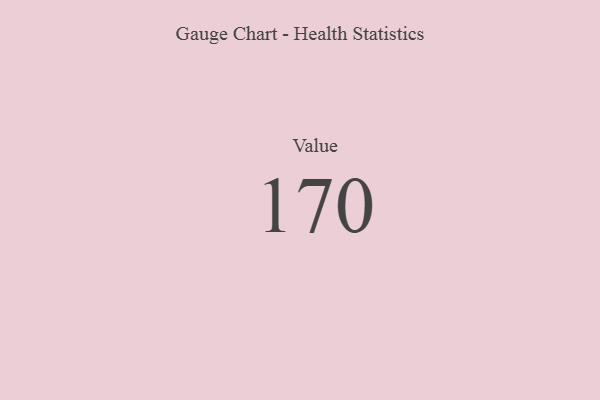
{"axis": {"x": "Metric", "y": "Value"}, "legend": [""], "data": [{"x": "Value", "y": 170, "type": ""}]}